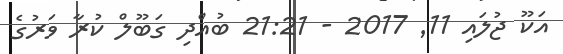
އަކޫ ޖުލައި 11